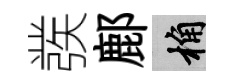
彂鄜桷